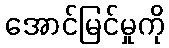
အောင်မြင်မှုကို